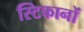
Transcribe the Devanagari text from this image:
स्टिफानों